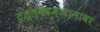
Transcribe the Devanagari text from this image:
तत्त्ववज्ञानावर